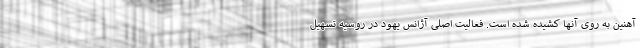
آهنین به روی آنها کشیده شده است. فعالیت اصلی آژانس یهود در روسیه تسهیل